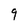
Character: 9